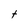
Character: t